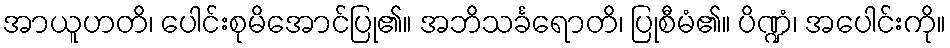
အာယူဟတိ၊ ပေါင်းစုမိအောင်ပြု၏။ အဘိသင်္ခရောတိ၊ ပြုစီမံ၏။ ပိဏ္ဍံ၊ အပေါင်းကို။